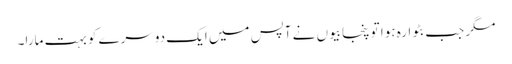
مگر جب بٹوارہ ہوا تو پنجابیوں نے آپس میں ایک دوسرے کو بہت مارا۔